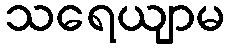
သရေယျာမ